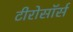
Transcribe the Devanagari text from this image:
टीरोसॉर्स